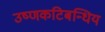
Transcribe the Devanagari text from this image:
उष्णकटिबन्धिय